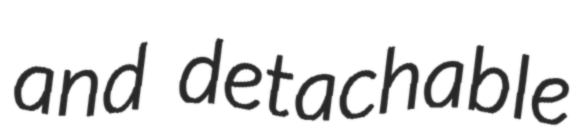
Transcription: and detachable